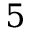
5